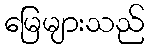
မြေများသည်